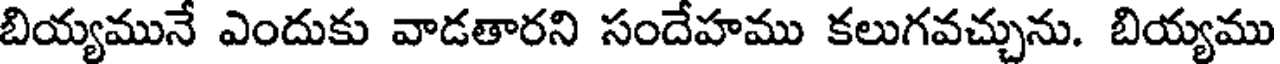
బియ్యమునే ఎందుకు వాడతారని సందేహము కలుగవచ్చును. బియ్యము